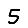
Digit: 5